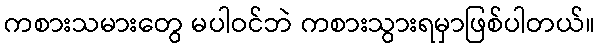
ကစားသမားတွေ မပါဝင်ဘဲ ကစားသွားရမှာဖြစ်ပါတယ်။